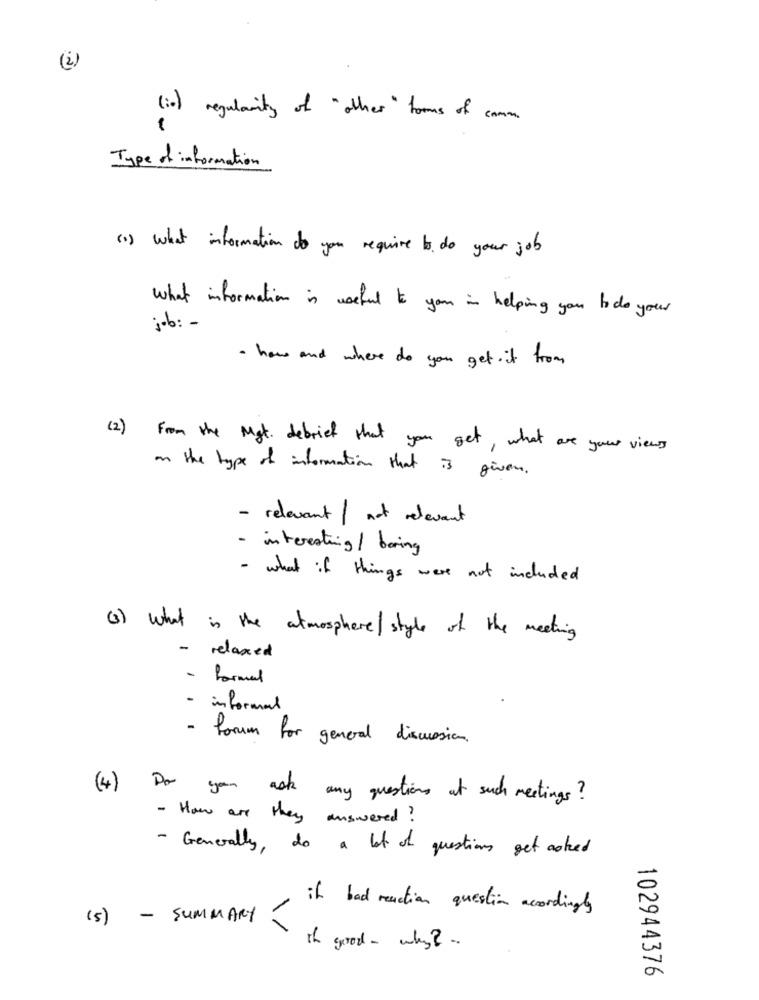
(2)
( i ) regularity of "other " toms of com
Type of information
(1) What information do you require to do your job
What information is useful to you in helping you to do your
job: -
· how and where do you get . it from
(2) From the Mgt. debrief that you get , what are your views
on the type of information that is given.
- relevant / not relevant
- interesting/ boring
- what if things were not included
(3) What is the atmosphere/style of the meeting
- relaxed
- formal
- informal
- forum for general discussion.
(4) Do you
ask
any questions at such meetings ?
- How are they
answered ?
- Generally, do a lot of questions get asked
if bad reaction question accordingly
(5) - SUMMARY
the good - why ? .
102944376